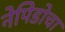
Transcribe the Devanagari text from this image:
नेपिडोचा